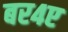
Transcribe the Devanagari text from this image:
बर४ए